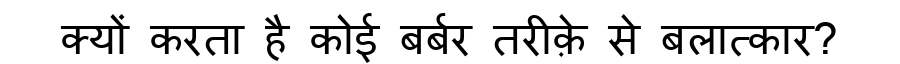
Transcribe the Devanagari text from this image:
क्यों करता है कोई बर्बर तरीक़े से बलात्कार?